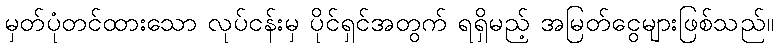
မှတ်ပုံတင်ထားသော လုပ်ငန်းမှ ပိုင်ရှင်အတွက် ရရှိမည့် အမြတ်ငွေများဖြစ်သည်။